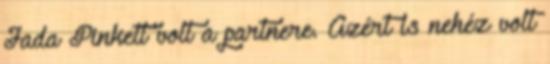
Jada Pinkett volt a partnere. Azért is nehéz volt